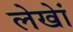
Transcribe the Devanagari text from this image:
लेखेां